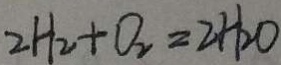
2 H _ { 2 } + O _ { 2 } = 2 H _ { 2 } O